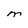
Character: M